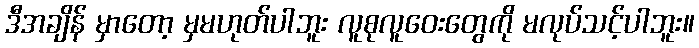
ဒီအချိန် မှာတော့ မှမဟုတ်ပါဘူး လူစုလူဝေးတွေကို မလုပ်သင့်ပါဘူး။